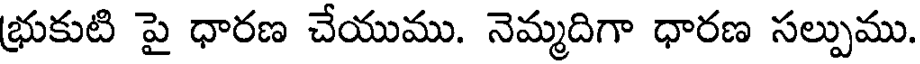
భ్రుకుటి పై ధారణ చేయుము. నెమ్మదిగా ధారణ సల్పుము.